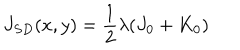
LaTeX: J _ { S D } ( x , y ) = \frac { 1 } { 2 } \lambda ( J _ { 0 } + K _ { 0 } )